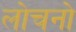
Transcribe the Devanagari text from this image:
लोचनो